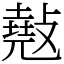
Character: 𢿣